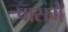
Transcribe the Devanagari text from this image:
पासमें